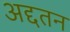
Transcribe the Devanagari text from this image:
अद्दतन